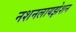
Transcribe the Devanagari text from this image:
नशनलायझेशन